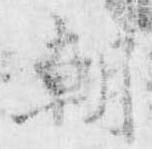
朝